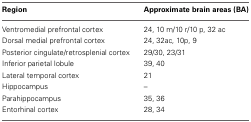
<table><thead><tr><td><b>Region</b></td><td><b>Approximate brain areas (BA)</b></td></tr></thead><tbody><tr><td>Ventromedial prefrontal cortex</td><td>24, 10 m/10 r/10 p, 32 ac</td></tr><tr><td>Dorsal medial prefrontal cortex</td><td>24, 32ac, 10p, 9</td></tr><tr><td>Posterior cingulate/retrosplenial cortex</td><td>29/30, 23/31</td></tr><tr><td>Inferior parietal lobule</td><td>39, 40</td></tr><tr><td>Lateral temporal cortex</td><td>21</td></tr><tr><td>Hippocampus</td><td>–</td></tr><tr><td>Parahippocampus</td><td>35, 36</td></tr><tr><td>Entorhinal cortex</td><td>28, 34</td></tr></tbody></table>